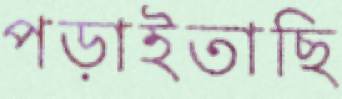
পড়াইতাছি